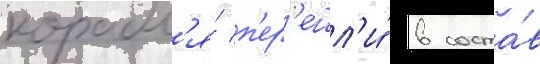
корабл'я́ п'ер'ешл'и́ в соста́в